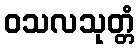
ဝသလသုတ္တံ